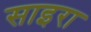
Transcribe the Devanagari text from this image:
साइरा